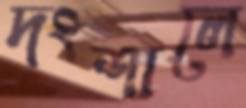
দংশালে